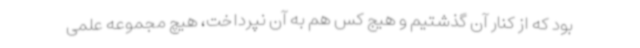
بود که از کنار آن گذشتیم و هیج کس هم به آن نپرداخت، هیچ مجموعه علمی